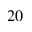
2 0